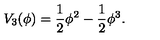
V _ { 3 } ( \phi ) = \frac { 1 } { 2 } \phi ^ { 2 } - \frac { 1 } { 2 } \phi ^ { 3 } .